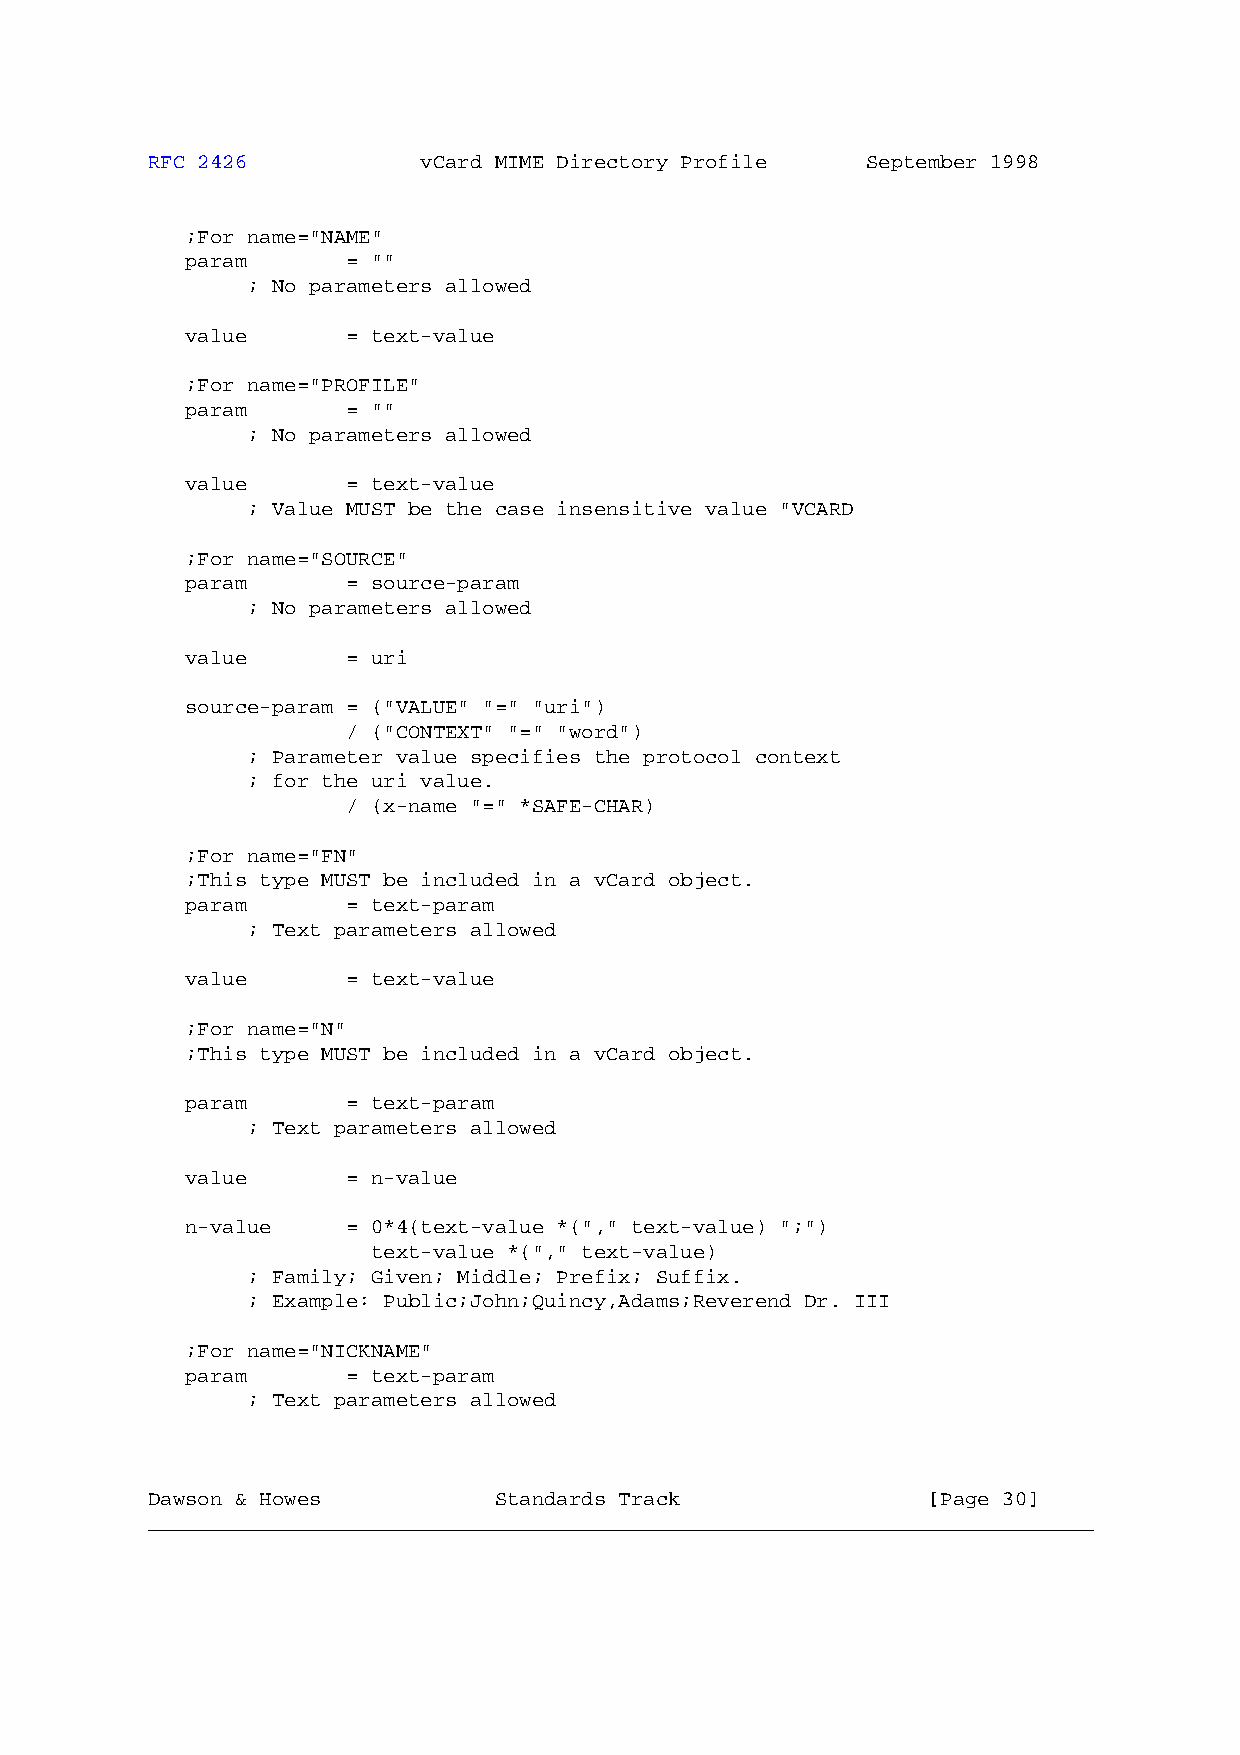
RFC 2426          vCard MIME Directory Profile September 1998
 ;For name="NAME"
 param      = ""
 ; No parameters allowed
 value      = text-value
 ;For name="PROFILE"
 param      = ""
 ; No parameters allowed
 value      = text-value
 ; Value MUST be the case insensitive value "VCARD
 ;For name="SOURCE"
 param      = source-param
 ; No parameters allowed
 value      = uri
 source-param = ("VALUE" "=" "uri")
 / ("CONTEXT" "=" "word")
 ; Parameter value specifies the protocol context
 ; for the uri value.
 / (x-name "=" *SAFE-CHAR)
 ;For name="FN"
 ;This type MUST be included in a vCard object.
 param      = text-param
 ; Text parameters allowed
 value      = text-value
 ;For name="N"
 ;This type MUST be included in a vCard object.
 param      = text-param
 ; Text parameters allowed
 value      = n-value
 n-value    = 0*4(text-value *("," text-value) ";")
 text-value *("," text-value)
 ; Family; Given; Middle; Prefix; Suffix.
 ; Example: Public;John;Quincy,Adams;Reverend Dr. III
 ;For name="NICKNAME"
 param      = text-param
 ; Text parameters allowed
 Dawson & Howes         Standards Track             [Page 30]